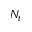
N _ { t }